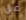
عن